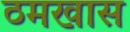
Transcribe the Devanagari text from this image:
ठमखास